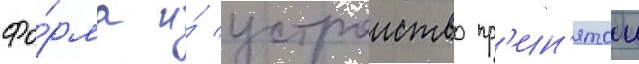
Фо́рма и́ устроиство пр'ин'ятои